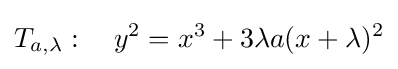
T_{a,\lambda }:\quad y^{2}=x^{3}+3\lambda a(x+\lambda )^{2}